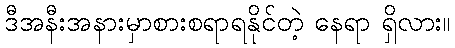
ဒီအနီးအနားမှာစားစရာရနိုင်တဲ့ နေရာ ရှိလား။